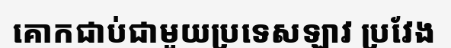
គោកជាប់ជាមួយប្រទេសឡាវ ប្រវែង